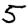
Digit: 5